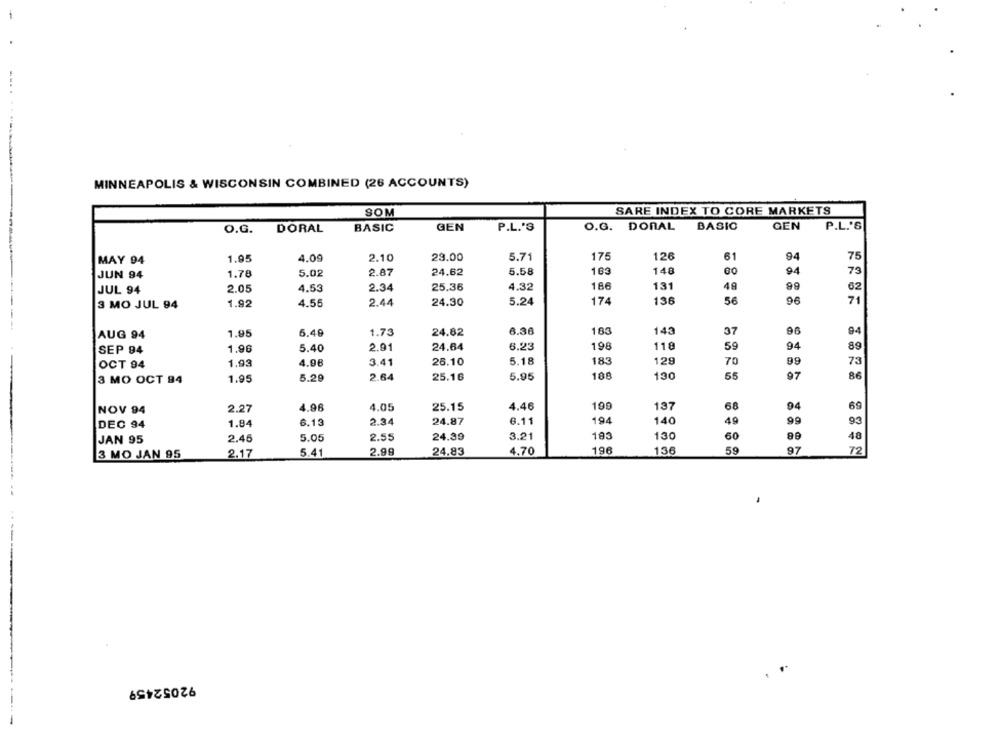
MINNEAPOLIS & WISCONSIN COMBINED (26 ACCOUNTS)
SOM
SARE INDEX TO CORE MARKETS
O.G.
DORAL
BASIC
GEN
P.L.'S
O.G. DONAL BASIC
GEN
P.L.'S
MAY 94
1.95
4.09
2.10
23.00
5.71
175
126
6
94
75
JUN 94
1.78
5.02
2.87
24.62
5.58
163
148
60
94
73
2.05
4.53
2.34
25.36
4.32
186
131
49
99
02
JUL 94
3 MO JUL 94
1.92
4.55
2.44
24.30
5.24
174
136
56
96
71
1.95
6.49
1.73
24.82
6.36
163
143
37
90
94
AUG 94
1.96
5.40
2.91
24.64
6.23
196
118
59
94
89
SEP 94
OCT 94
1.93
4.98
3.41
26.10
5.18
183
129
70
99
73
1.95
5.29
2.64
25.16
5.95
108
130
55
97
86
3 MO OCT 94
2.27
4.96
4.05
25.15
4.46
199
137
68
69
NOV 94
1.84
6.13
2.34
24.87
6.11
194
140
40
99
DEC 94
2.46
5.05
2.55
24.39
3.21
130
60
JAN 95
2.17
5.41
2.99
24.83
4.70
196
136
59
97
79
3 MO JAN 95
92052459